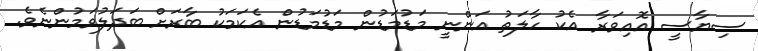
ސިޔާސީ އޮއިވަރާ އެކު ހާލަތު އަންނީ މަޑުމަޑުން މަޑުމަޑުން އެކަމަކު ބާރަށް ބަދަލުވަމުންނެވެ.